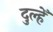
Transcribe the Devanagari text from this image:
दुल्हेँ